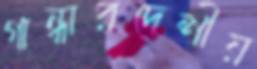
গান্ধারদেশীয়